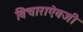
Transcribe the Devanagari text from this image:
विचाराऐवजी